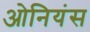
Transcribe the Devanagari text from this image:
ओनियंस